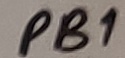
Text: PB1